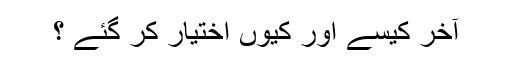
آخر کیسے اور کیوں اختیار کر گئے ؟